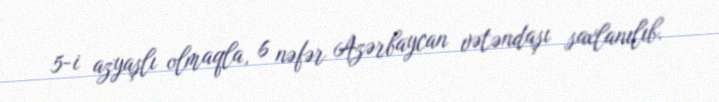
5-i azyaşlı olmaqla, 6 nəfər Azərbaycan vətəndaşı saxlanılıb.